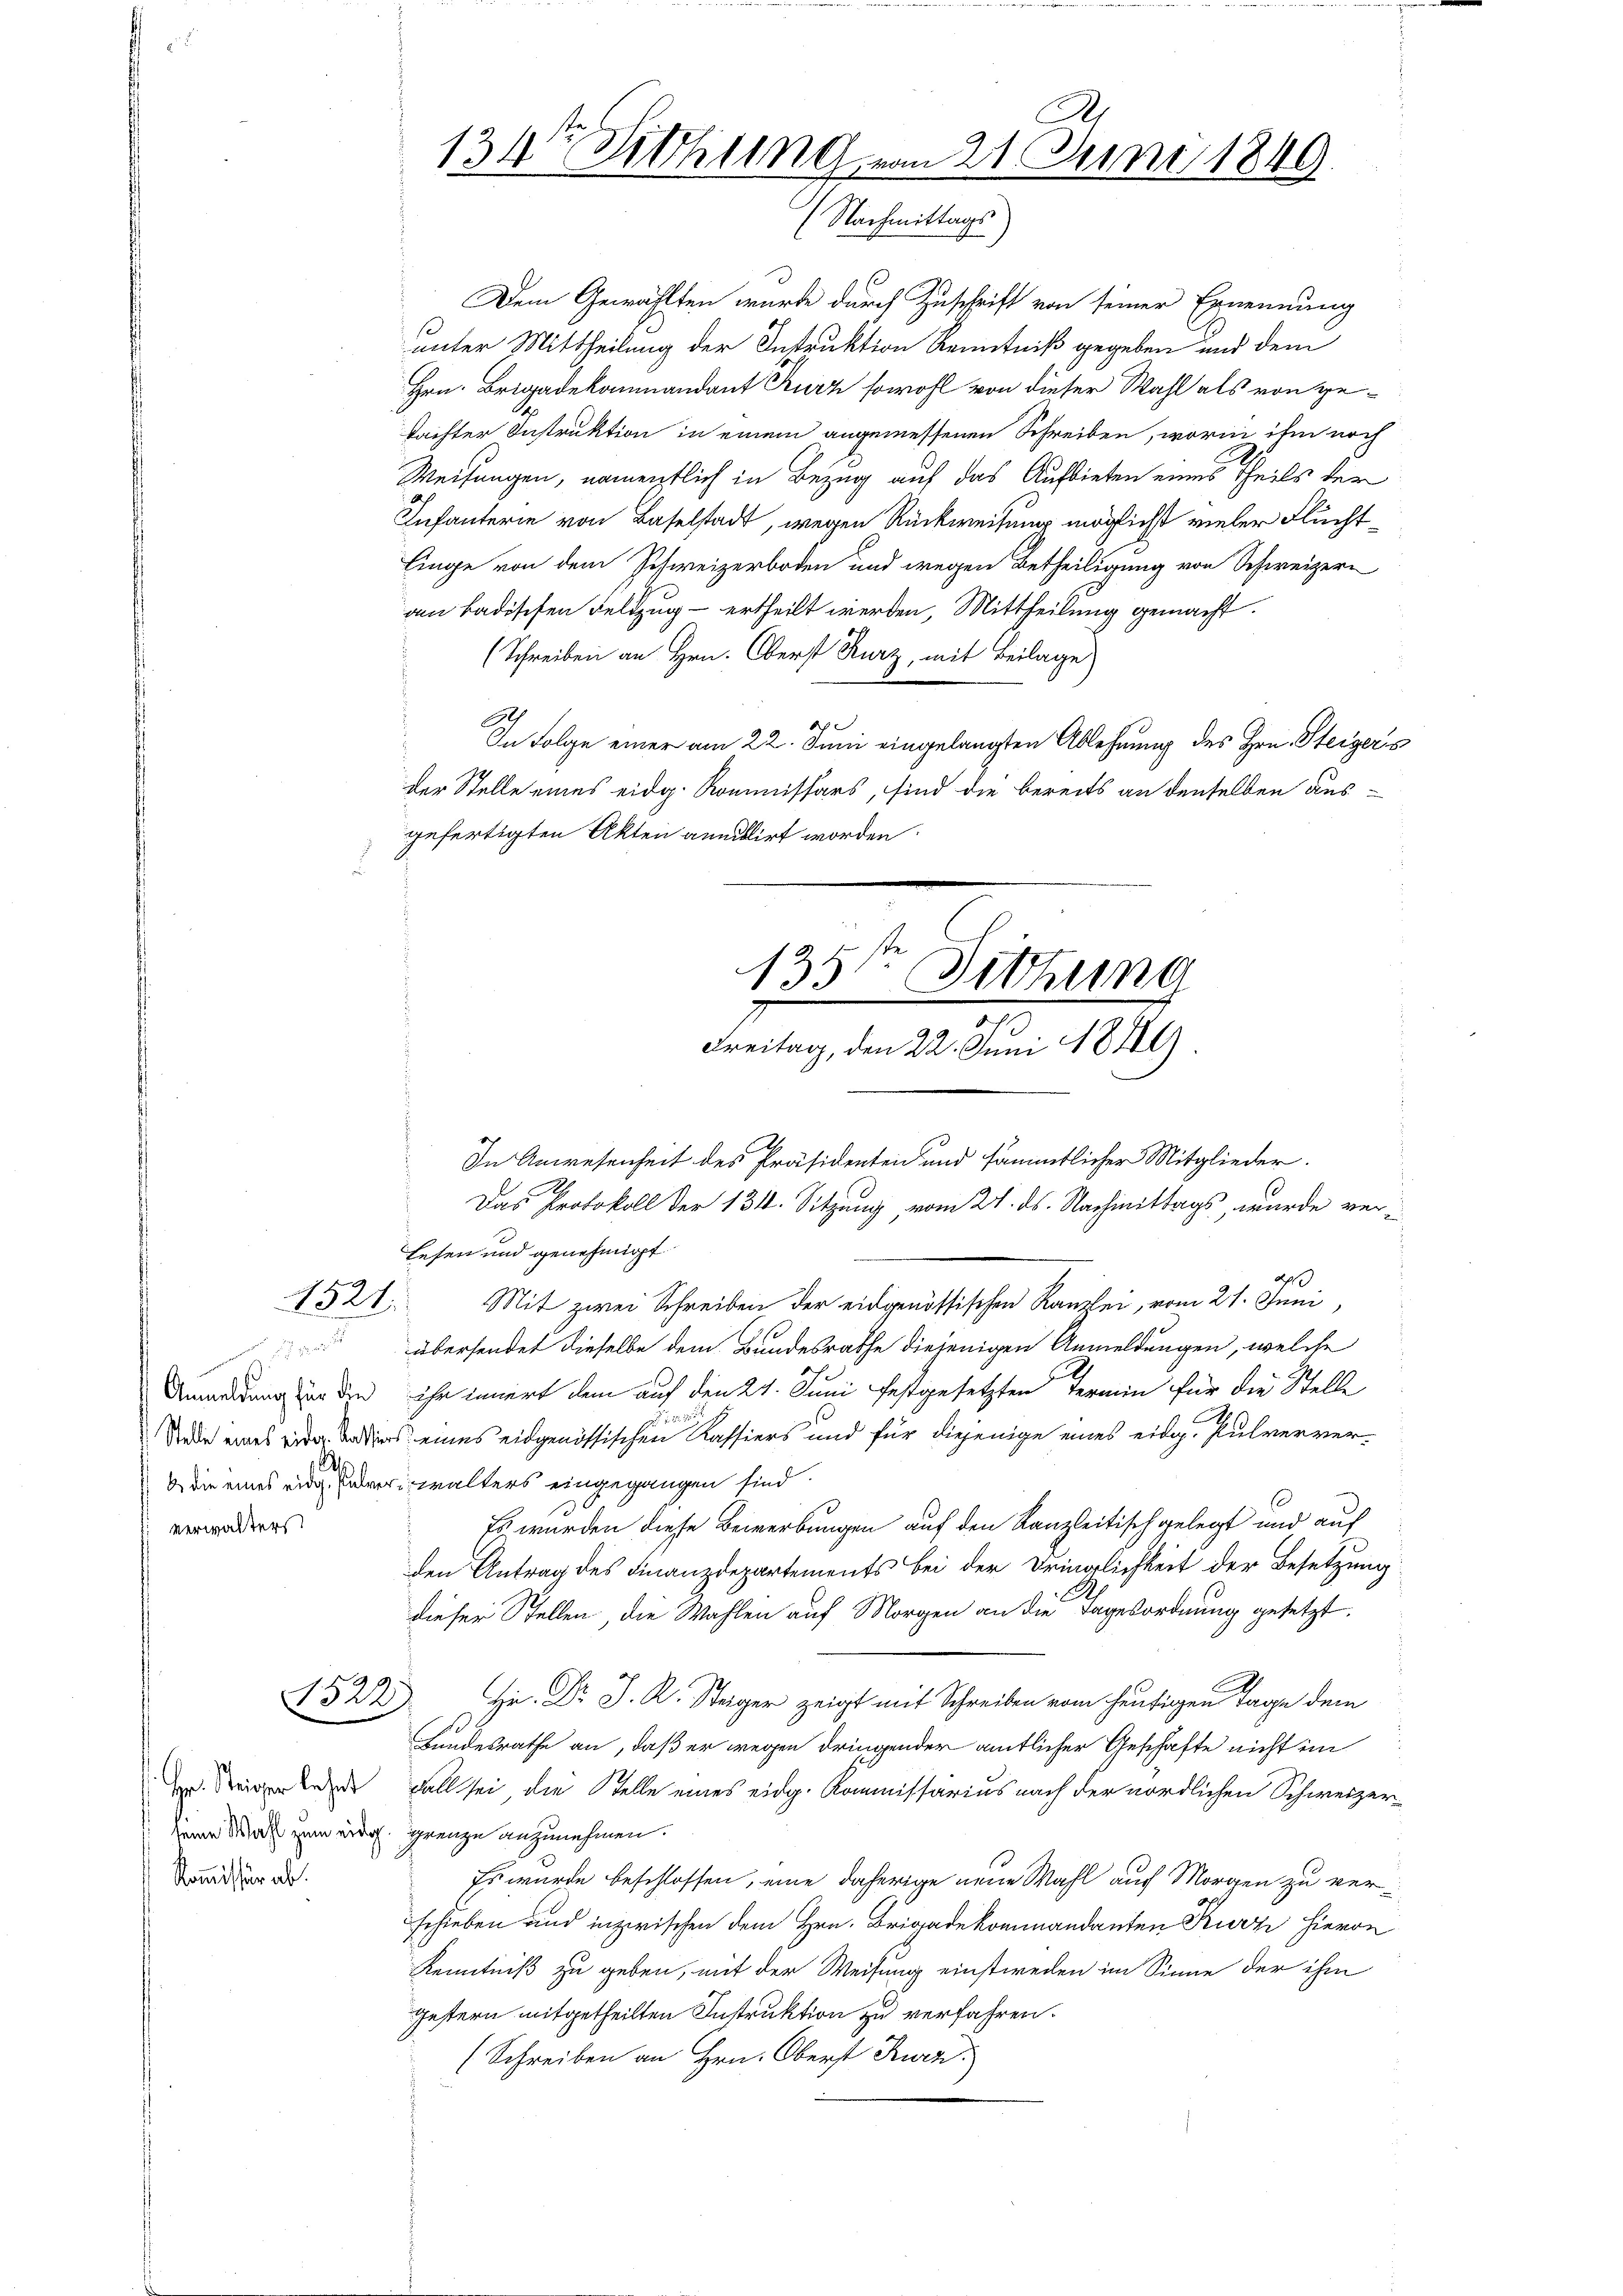
.
verwalters

9

1522

Hr. Steiger lehnt
Kommissär ab.

Dem Gewählten wurde durch Zuschrift von seiner Ernennung
unter Mittheilung der Instruktion Kenntniß gegeben und dem
Hrn. Brigadekommandant Kurz sowohl von dieser Wahl als von gekaifter Instruktion in einem angemessenen Schreiben, worin ihm noch
Weisungen, namentlich in Bezug auf das Aufbieten eines Theils der
Infanterie von Baselstadt, wegen Rückweisung möglicht vieler Fluchtlinge von dem Schweizerboden und wegen Betheiligung von Schweizern
am badischen Feldzug - ertheilt werden, Mittheilung gemacht.
(Schreiben an Hrn. Oberst Kurz, mit Beilage)
6.
In Folge einer am 22. Juni eingelangten Ablehnung des Hrn. Steigers
der Stelle eines eidg. Kommissärs, sind die bereits an denselben ausgefertigten Akten annullirt worden.

134te Sitzung vom 21. Juni 1849.
(Nachmittags.

135sten Sitzung
Freitag, den 22. Juni 1849

In Anwesenheit des Präsidenten und sämmtlicher Mitglieder.
Das Protokoll der 134. Sitzung vom 21. ds. Nachmittags, wurde verlesen und genehmigt
1524. Mit zwei Schreiben der eidgenössischen Kanzlei, vom 21. Juni,
übersendet dieselbe dem Bundesrathe diejenigen Anmeldungen, welche
A
Anmeldung für den ihr innert dem auf den 24. Juni festgesetzten Termin für die Stelle
Rede eines wie ders eines eidgenössischen Kassiers und für diejenige eines eidg. Pulververb die eines eidg. erwalters eingegangen sind.
Es wurden diese Bewerbungen auf den Kanzleitisch gelegt und auf
den Antrag des Finanzdepartements bei der Dringlichkeit der Besetzung
A
dieser Stellen, die Wahlen auf Morgen an die Tagesordnung gesetzt.
Hr. Dr J. R. Steiger zeigt mit Schreiben vom heutigen Tage dem
Bundesrathe an, daß er wegen dringender amtlicher Geschäfte nicht im
Fall sei, die Stelle eines eidg. Kommissarius nach der nördlichen Schweizerseine Wahl zum eidg. Grenze anzunehmen.
Es wurde beschlossen, eine daherige neue Wahl auf Morgen zu verschieben und inzwischen dem Hrn. Brigadekommandanten Kurze hievon
Kenntniß zu geben, mit der Weisung einstweden im Sinne der ihm
gestern mitgetheilten Instruktion zu verfahren.
(Schreiben an Hrn. Oberst Ruez.